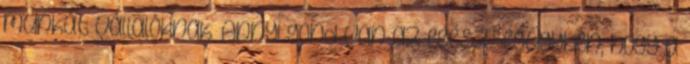
munkát vállalóknak. Annyi gond van az egészségügyben, hogy a